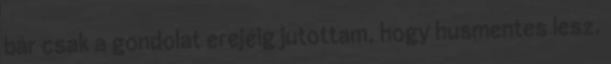
bár csak a gondolat erejéig jutottam, hogy husmentes lesz.